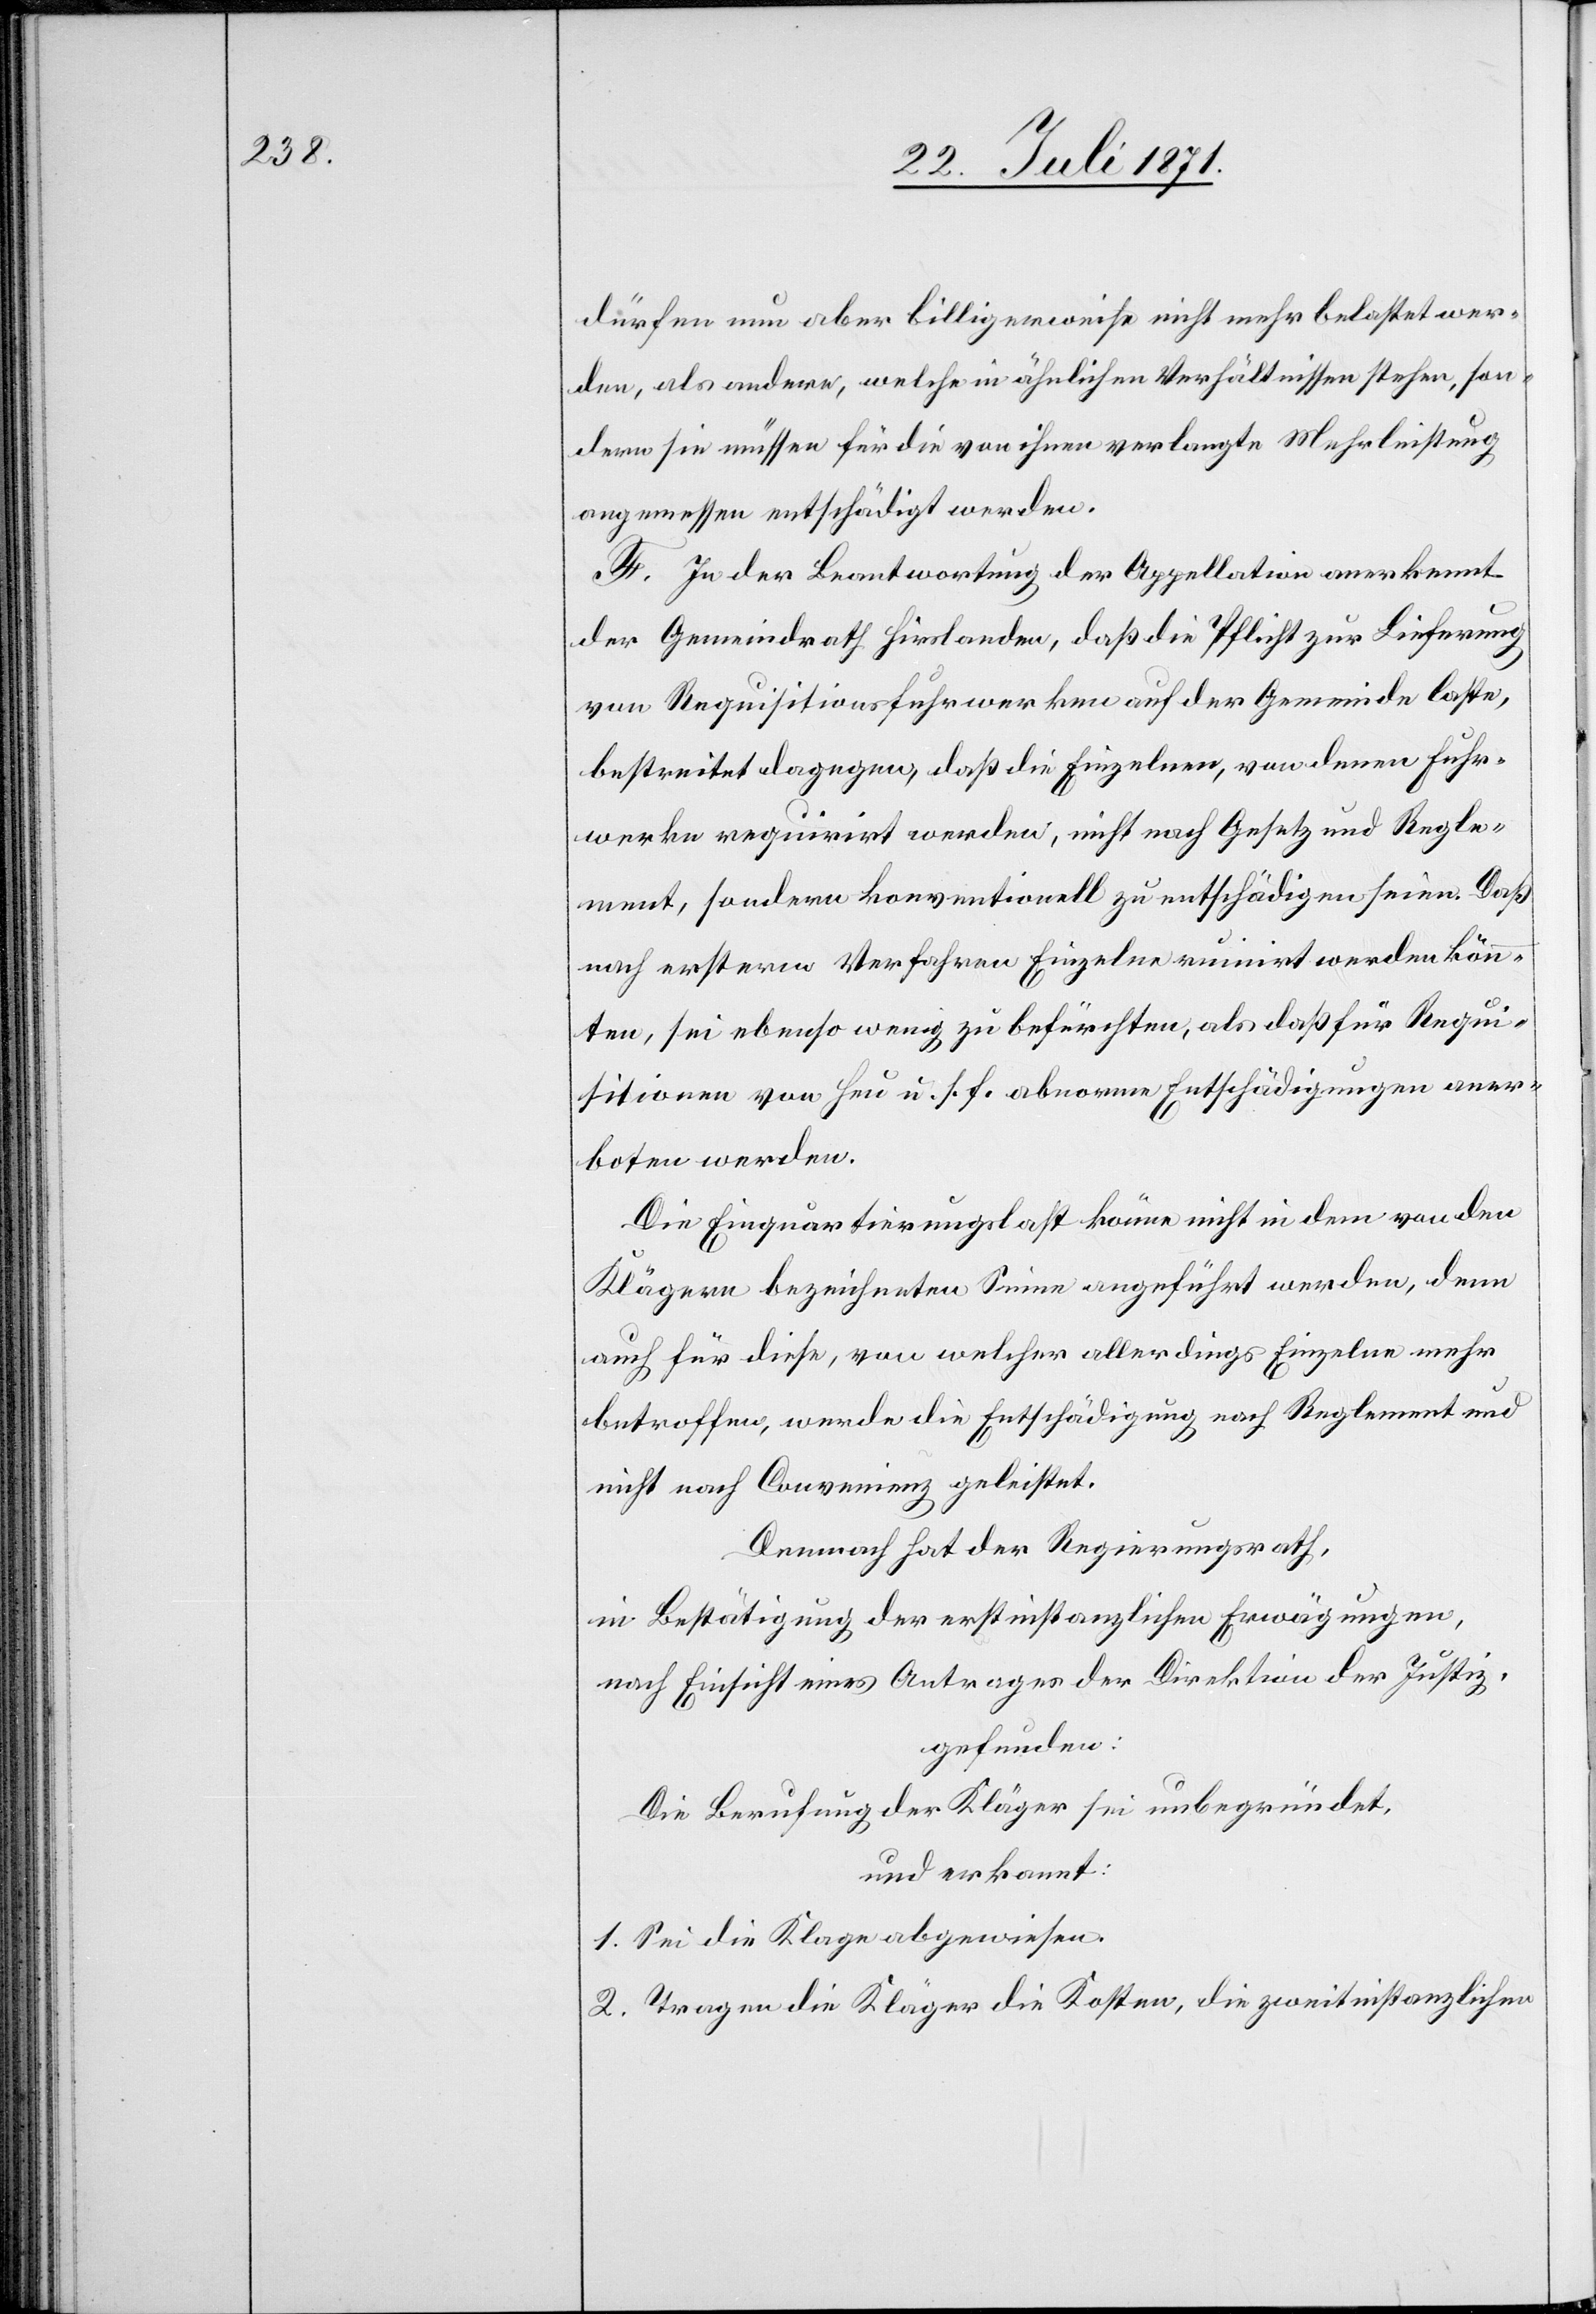
dürfen nun aber billigerweise nicht mehr belastet wer¬
den, als andere, welche in ähnlichen Verhältnissen stehen, son¬
dern sie müssen für die von ihnen verlangte Mehrleistung
angemessen entschädigt werden.
F. In der Beantwortung der Appellation anerkennt
der Gemeindrath Hirslanden, daß die Pflicht zur Lieferung
von Requisitionsfuhrwerken auf der Gemeinde laste,
bestreitet dagegen, daß die Einzelnen, von denen Fuhr¬
werke requirirt werden, nicht nach Gesetz und Regle¬
ment, sondern konventionell zu entschädigen seien. Daß
nach ersteren Verfahren Einzelne ruinirt werden könn¬
ten, sei ebenso wenig zu befürchten, als daß für Requi¬
sitionen von Heu u. s. f. abnorme Entschädigungen aner¬
boten werden.
Die Einquartierungslast könne nicht in dem von den
Klägern bezeichneten Sinne angeführt werden, denn
auch für diese, von welcher allerdings Einzelne mehr
betroffen, werde die Entschädigung nach Reglement und
nicht nach Convenienz geleistet.
Demnach hat der Regierungsrath,
in Bestätigung der erstinstanzlichen Erwägungen,
nach Einsicht eines Antrages der Direktion der Justiz,
gefunden:
Die Berufung der Kläger sei unbegründet.
und erkannt:
1. Sei die Klage abgewiesen.
2. Tragen die Kläger die Kosten, die zweitinstanzlichen